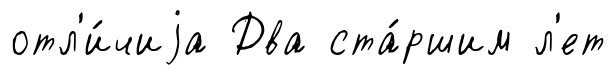
отл'и́чиjа Два ста́ршим л'ет